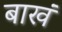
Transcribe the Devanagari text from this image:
बाखं